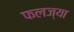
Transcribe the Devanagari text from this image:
फलज्या